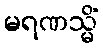
မရဏသ္မိံ